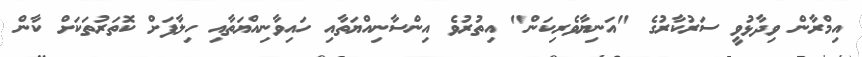
އިމްރާން ވިދާޅުވީ ސަރުކާރުގެ "އަނިޔާވެރިކަން" އިތުރުވެ އިންސާނިއްޔަތާއި ހައިވާނިއްޔަތާއި ހިލާފަށް ކޮތަރުތަކަށް ކާން